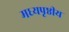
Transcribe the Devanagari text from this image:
मध्यपृष्ठीय